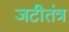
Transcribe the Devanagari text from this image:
जटीतंत्र